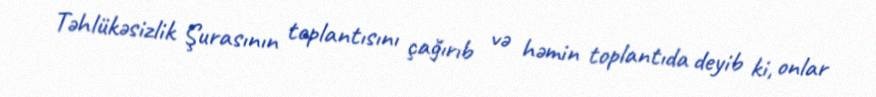
Təhlükəsizlik Şurasının toplantısını çağırıb və həmin toplantıda deyib ki, onlar